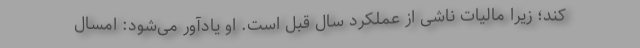
كند؛ زیرا مالیات ناشی از عملكرد سال قبل است. او یادآور می‌شود: امسال